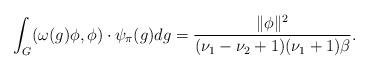
LaTeX: \begin{align*}\int_G(\omega(g)\phi,\phi) \cdot \psi_{\pi}(g)dg=\frac{\|\phi\|^2}{(\nu_1-\nu_2+1)(\nu_1+1)\beta}.\end{align*}